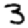
Digit: 3